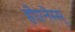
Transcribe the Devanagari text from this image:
होएनेस्स्